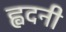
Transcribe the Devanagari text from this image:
ह्वदनी